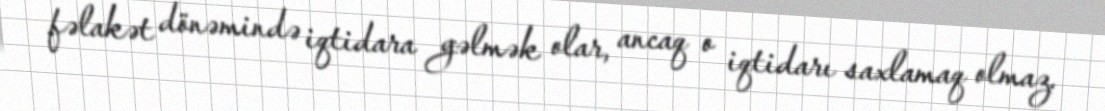
fəlakət dönəmində iqtidara gəlmək olar, ancaq o iqtidarı saxlamaq olmaz.